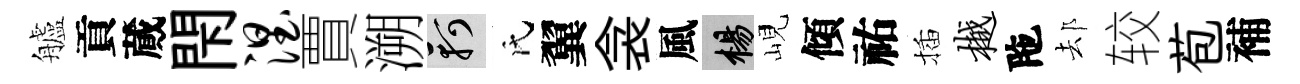
艫貢蕆閇涅賈溯軻氏翼衾風楊峴傾祐插樾陁𨚫较苞補